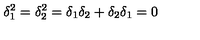
\delta _ { 1 } ^ { 2 } = \delta _ { 2 } ^ { 2 } = \delta _ { 1 } \delta _ { 2 } + \delta _ { 2 } \delta _ { 1 } = 0